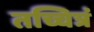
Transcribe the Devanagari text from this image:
तच्चित्रं